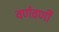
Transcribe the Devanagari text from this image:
वर्णवर्णी